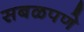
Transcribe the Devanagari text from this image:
सबळपणे